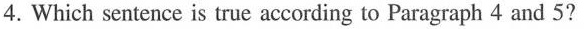
4.Which sentence is true according to Paragraph 4 and 5?